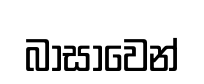
බාසාවෙන්